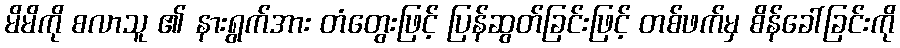
မိမိကို စလာသူ ၏ နားရွက်အား တံတွေးဖြင့် ပြန်ဆွတ်ခြင်းဖြင့် တစ်ဖက်မှ စိန်ခေါ်ခြင်းကို